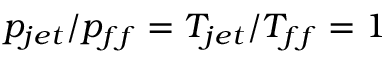
p _ { j e t } / p _ { f f } = T _ { j e t } / T _ { f f } = 1